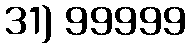
31) 99999